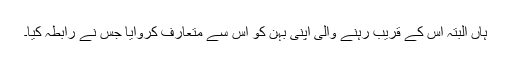
ہاں البتہ اس کے قریب رہنے والی اپنی بہن کو اس سے متعارف کروایا جس نے رابطہ کیا۔